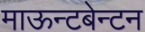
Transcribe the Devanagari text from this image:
माऊन्टबेन्टन